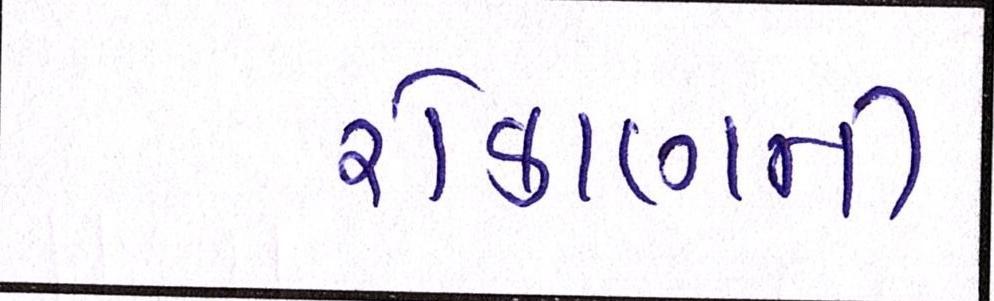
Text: રોકાણની